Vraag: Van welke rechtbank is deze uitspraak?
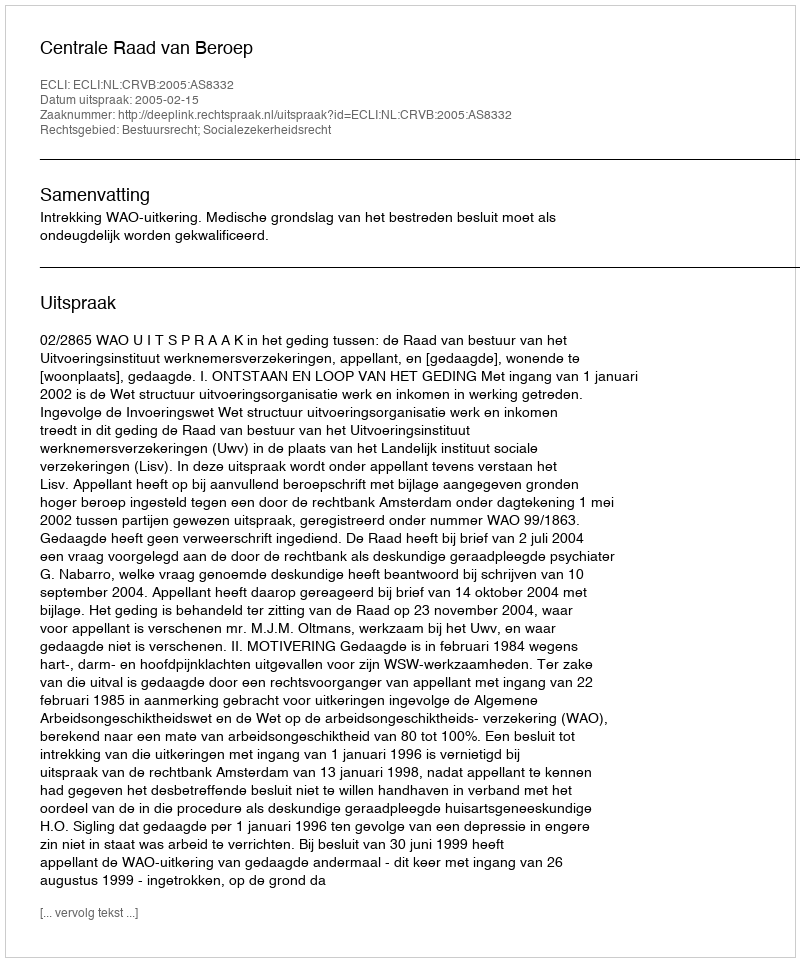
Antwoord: Centrale Raad van Beroep